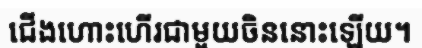
ជើងហោះហើរជាមួយចិននោះឡើយ។